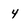
Character: 4